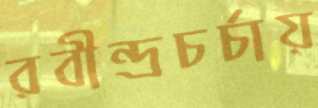
রবীন্দ্রচর্চায়